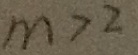
m > 2